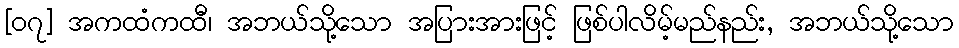
[၀၇] အကထံကထီ၊ အဘယ်သို့သော အပြားအားဖြင့် ဖြစ်ပါလိမ့်မည်နည်း, အဘယ်သို့သော